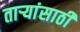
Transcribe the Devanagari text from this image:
ताऱ्यांसाठी